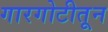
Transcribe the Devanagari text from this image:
गारगोटीतून